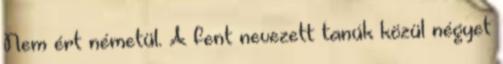
Nem ért németül. A fent nevezett tanúk közül négyet